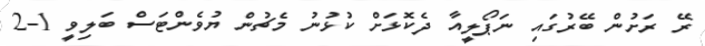
ރޭ ރަށުން ބޭރުގައި ނަޕޯލީއާ ދެކޮޅަށް ކުޅުނު މެޗުން ޔުވެންޓަސް ބަލިވީ 1-2